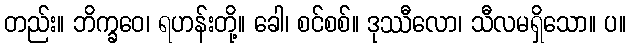
တည်း။ ဘိက္ခဝေ၊ ရဟန်းတို့။ ခေါ၊ စင်စစ်။ ဒုဿီလော၊ သီလမရှိသော။ ပ။